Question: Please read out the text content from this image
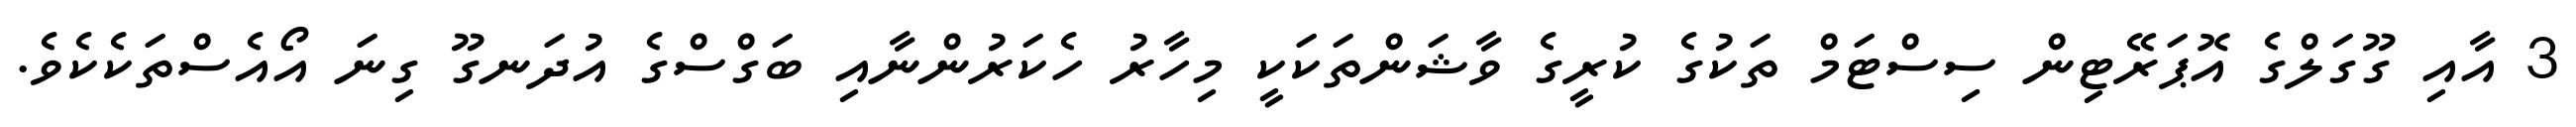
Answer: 3 އާއި ގޫގަލްގެ އޮޕަރޭޓިން ސިސްޓަމް ތަކުގެ ކުރީގެ ވާޝަންތަކަކީ މިހާރު ހެކަރުންނާއި ބަގްސްގެ އުދަނގޫ ގިނަ އޯއެސްތަކެކެވެ.